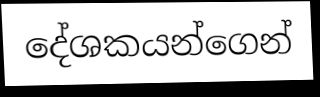
දේශකයන්ගෙන්